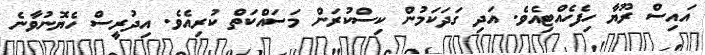
އައިސް ރޫޔާ ހިފެހެއްޓިއެވެ. އަދި ގަދަކަމުން ކިސްކުރަން މަސައްކަތް ކުރިއެވެ. އިދުރީސް ހެޔޮނުވާނެ